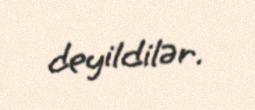
deyildilər.